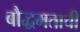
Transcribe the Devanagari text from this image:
बौद्धमताची